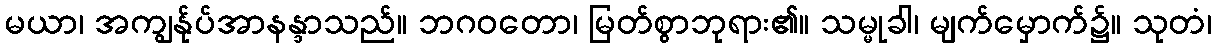
မယာ၊ အကျွန်ုပ်အာနန္ဒာသည်။ ဘဂဝတော၊ မြတ်စွာဘုရား၏။ သမ္မုခါ၊ မျက်မှောက်၌။ သုတံ၊